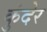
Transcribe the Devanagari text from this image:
कुंदेर